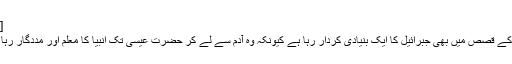
[69]
انبیا کے قصص میں بھی جبرائیل کا ایک بنیادی کردار رہا ہے کیونکہ وہ آدم سے لے کر حضرت عیسی تک انبیا کا معلم اور مددگار رہا ہے۔